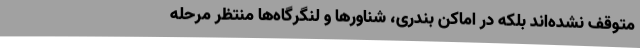
متوقف نشده‌اند بلکه در اماکن بندری، شناورها و لنگرگاه‌ها منتظر مرحله